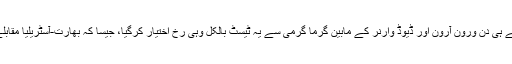
بہرحال، اگلے ہی دن ورون آرون اور ڈیوڈ وارنر کے مابین گرما گرمی سے یہ ٹیسٹ بالکل وہی رخ اختیار کرگیا، جیسا کہ بھارت-آسٹریلیا مقابلے ہوتے ہیں۔